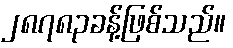
၂၈၇၈၃ခန့်ဖြစ်သည်။